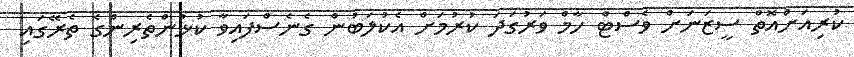
ކުރިއަށްއޮތް ސީޒަނަށް ވެސްޓް ހާމް ވަރުގަދަ ކުރުމަށް އެކުލަބުން ގެނެސްފައިވާ ކުޅުންތެރިންގެ ތެރޭގައި